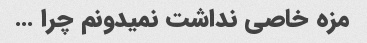
مزه خاصی نداشت نمیدونم چرا …